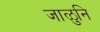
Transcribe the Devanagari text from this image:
जाळुनि